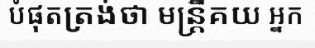
បំផុតត្រង់ថា មន្ត្រីគយ អ្នក